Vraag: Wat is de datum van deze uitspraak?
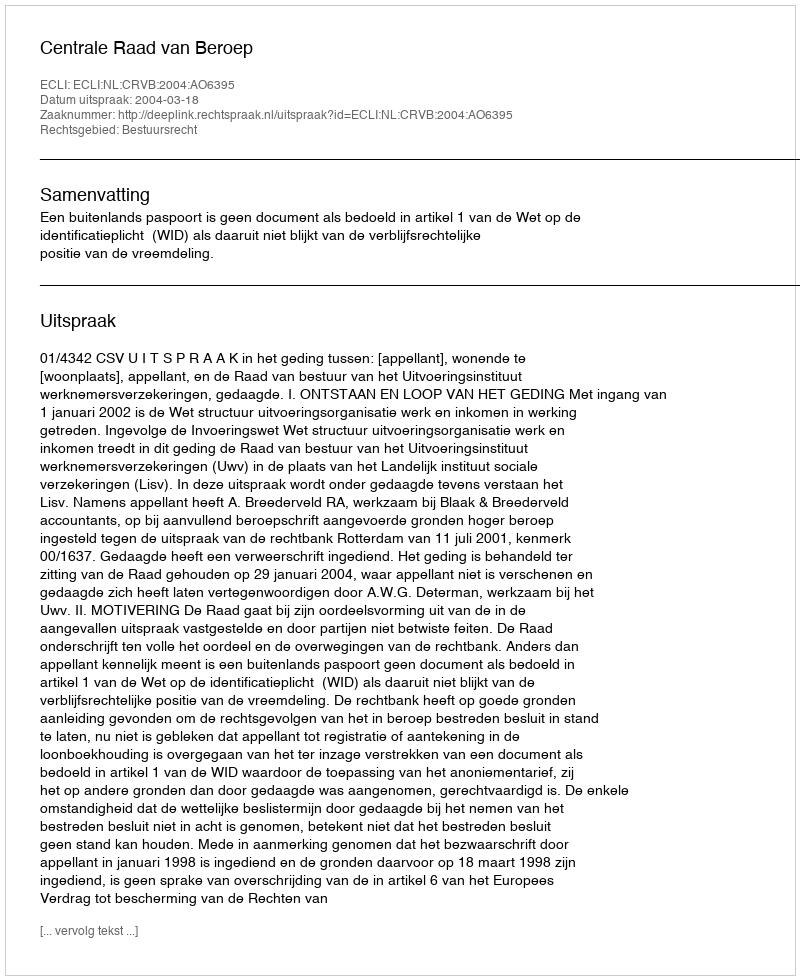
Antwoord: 2004-03-18